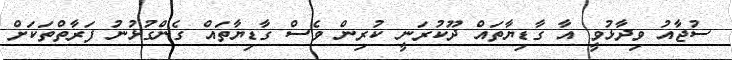
ސުޖާއު ވިދާޅުވީ އާ ގާޑިޔާތައް ދޫކުރަނީ ކުރިން ވެސް ގާޑިޔާތައް ގެންގުޅުނު ފަރާތްތަކަށް